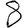
Digit: 8